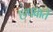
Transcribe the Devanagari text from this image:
छपवाते